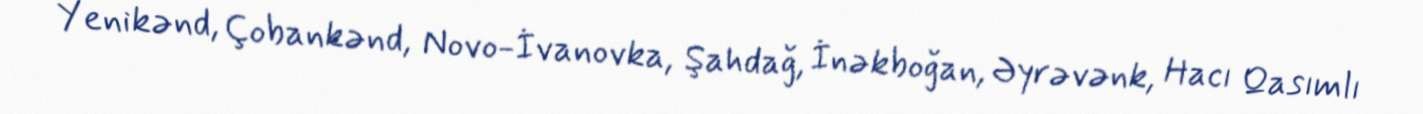
Yenikənd, Çobankənd, Novo-İvanovka, Şahdağ, İnəkboğan, Əyrəvənk, Hacı Qasımlı